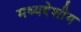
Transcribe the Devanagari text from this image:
मध्‍यदेशीय